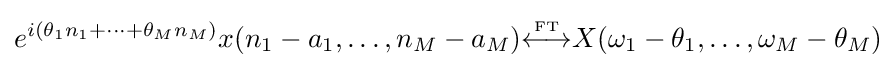
e^{i(\theta _{1}n_{1}+\cdots +\theta _{M}n_{M})}x(n_{1}-a_{1},\ldots ,n_{M}-a_{M}){\overset {\underset {\mathrm {FT} }{}}{\longleftrightarrow }}X(\omega _{1}-\theta _{1},\ldots ,\omega _{M}-\theta _{M})